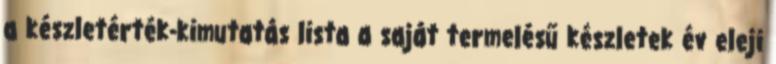
a készletérték-kimutatás lista a saját termelésű készletek év eleji